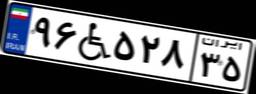
۹۶W۵۲۸۳۵